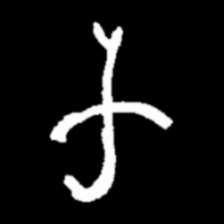
Pyu character \u2014 Myanmar letter: က (romanized: ka)